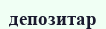
депозитар